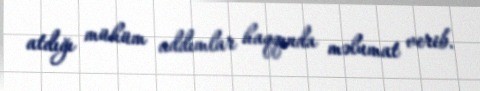
atdığı mühüm addımlar haqqında məlumat verib.